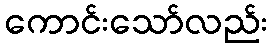
ကောင်းသော်လည်း